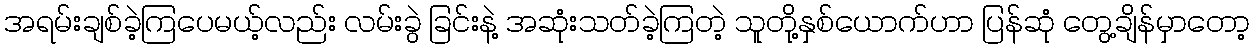
အရမ်းချစ်ခဲ့ကြပေမယ့်လည်း လမ်းခွဲ ခြင်းနဲ့ အဆုံးသတ်ခဲ့ကြတဲ့ သူတို့နှစ်ယောက်ဟာ ပြန်ဆုံ တွေ့ချိန်မှာတော့